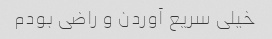
خیلی سریع آوردن و راضی بودم